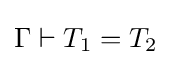
\Gamma \vdash T_{1}=T_{2}